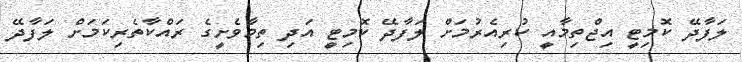
ލަފާދޭ ކޮމިޓީ އިޖްތިމާއީ ކުރިއެރުމަށް ލަފާދޭ ކޮމިޓީ އަދި ތިމާވެށީގެ ރައްކާތެރިކަމަށް ލަފާދޭ